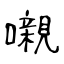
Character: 嚫